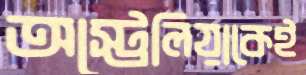
অস্ট্রেলিয়াকেই